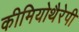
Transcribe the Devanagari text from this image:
कीमियोथैरेपी